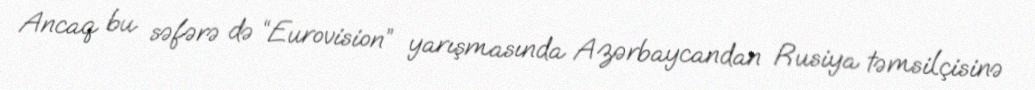
Ancaq bu səfərə də “Eurovision” yarışmasında Azərbaycandan Rusiya təmsilçisinə